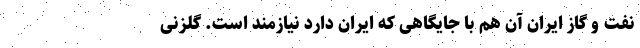
نفت و گاز ایران آن هم با جایگاهی که ایران دارد نیازمند است. گلزنی